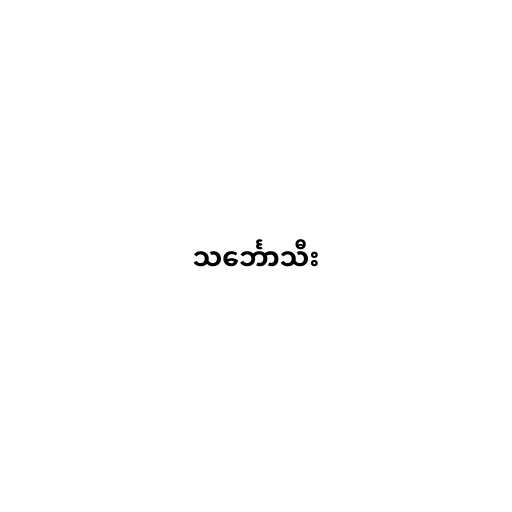
သင်္ဘောသီး